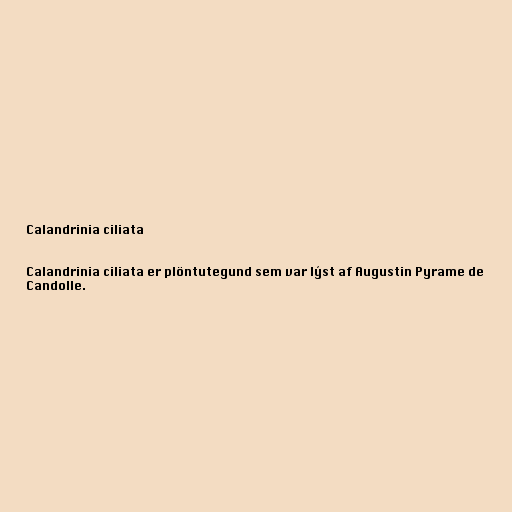
Calandrinia ciliata

Calandrinia ciliata er plöntutegund sem var lýst af Augustin Pyrame de
Candolle.